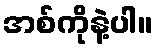
အစ်ကိုနဲ့ပါ။